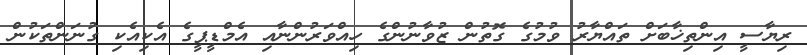
ރިޔާސީ އިންތިޚާބަށް ތައްޔާރު ވުމުގެ ގޮތުން ޒުވާނުންގެ ހިއްވަރުންނާއި އެމްޑީޕީގެ އެކިއެކި ގުނަންތަކުން